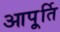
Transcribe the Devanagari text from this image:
आपू्र्ति